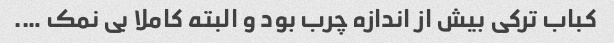
کباب ترکی بیش از اندازه چرب بود و البته کاملا بی نمک ….